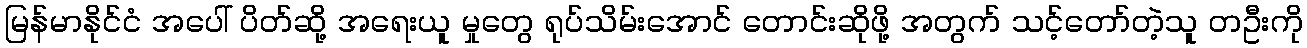
မြန်မာနိုင်ငံ အပေါ် ပိတ်ဆို့ အရေးယူ မှုတွေ ရုပ်သိမ်းအောင် တောင်းဆိုဖို့ အတွက် သင့်တော်တဲ့သူ တဦးကို